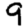
Digit: 9